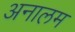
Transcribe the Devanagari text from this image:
अनालम